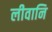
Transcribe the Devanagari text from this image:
लीवानि